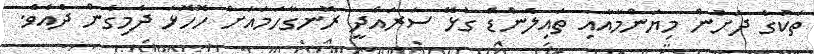
ތަކުގެ ދަށުން މިޔަންމާއާއި ތައިލެންޑް ގުޅޭ ސަރައްދީ ރޮނގާހަމައަށް ހޮހޮޅަ ދެމިގެން ދެއެވެ.